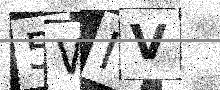
Text: 5WIV